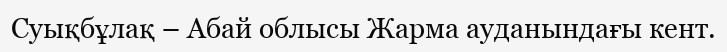
Суықбұлақ – Абай облысы Жарма ауданындағы кент.